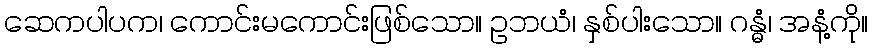
ဆေကပါပက၊ ကောင်းမကောင်းဖြစ်သော။ ဥဘယံ၊ နှစ်ပါးသော။ ဂန္ဓံ၊ အနံ့ကို။